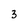
Character: 3